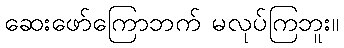
ဆေးဖော်ကြောဘက် မလုပ်ကြဘူး။